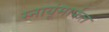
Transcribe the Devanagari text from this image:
स्नायूंमार्फत